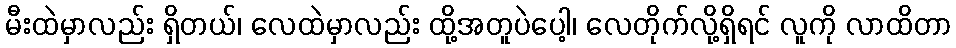
မီးထဲမှာလည်း ရှိတယ်၊ လေထဲမှာလည်း ထို့အတူပဲပေါ့၊ လေတိုက်လို့ရှိရင် လူကို လာထိတာ